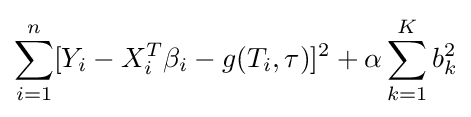
\sum _{i=1}^{n}[Y_{i}-X_{i}^{T}\beta _{i}-g(T_{i},\tau )]^{2}+\alpha \sum _{k=1}^{K}b_{k}^{2}